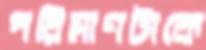
পরিমাণটাকে